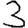
Digit: 3